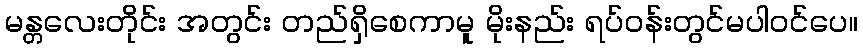
မန္တလေးတိုင်း အတွင်း တည်ရှိစေကာမူ မိုးနည်း ရပ်ဝန်းတွင်မပါဝင်ပေ။